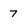
Character: 7